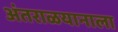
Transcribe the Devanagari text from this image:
अंतराळयानाला